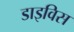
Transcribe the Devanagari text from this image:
डाइविस